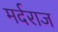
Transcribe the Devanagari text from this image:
मर्दराज